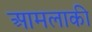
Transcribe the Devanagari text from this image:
आमलाकी